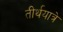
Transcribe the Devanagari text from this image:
तीर्थयात्रे